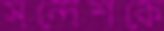
সন্দেশকে